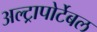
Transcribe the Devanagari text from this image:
अल्ट्रापोर्टेबल